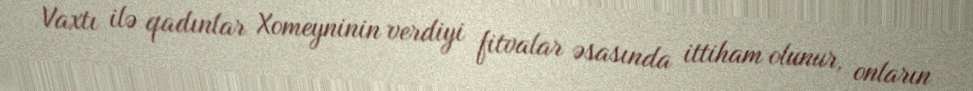
Vaxtı ilə qadınlar Xomeyninin verdiyi fitvalar əsasında ittiham olunur, onların